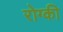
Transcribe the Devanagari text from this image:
रोग्की